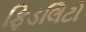
ફિડલિટો